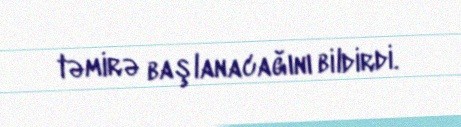
təmirə başlanacağını bildirdi.